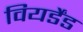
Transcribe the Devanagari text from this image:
वियर्डेंड